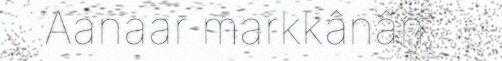
Aanaar markkânân,